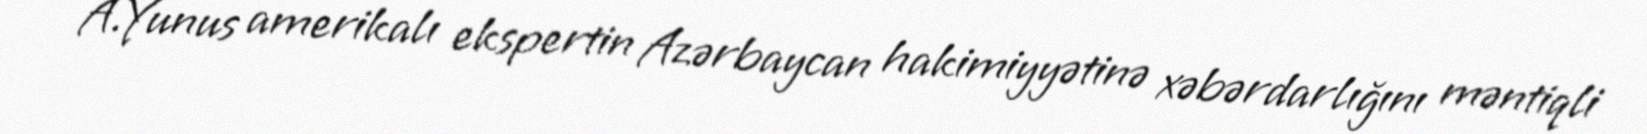
A.Yunus amerikalı ekspertin Azərbaycan hakimiyyətinə xəbərdarlığını məntiqli